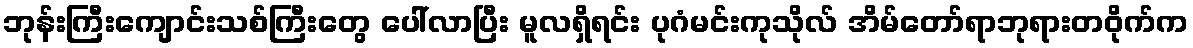
ဘုန်းကြီးကျောင်းသစ်ကြီးတွေ ပေါ်လာပြီး မူလရှိရင်း ပုဂံမင်းကုသိုလ် အိမ်တော်ရာဘုရားတဝိုက်က